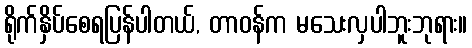
ရိုက်နှိပ်စေရပြန်ပါတယ်, တာဝန်က မသေးလှပါဘူးဘုရား။